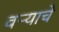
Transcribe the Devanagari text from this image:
वऱ्याचे